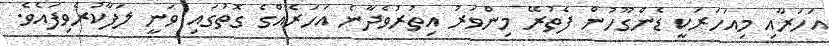
އަހަރާއި މިއަހަރަކީ ޑެންގޫހުން ފެތުރޭ މިންވަރު އިތުރުވެދާނެ އަހަރެއްގެ ގޮތުގައި ވަނީ ލަފާކުރެވިފައެވެ.